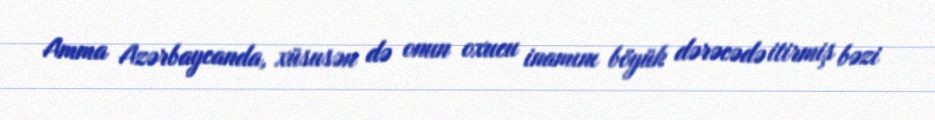
Amma Azərbaycanda, xüsusən də onun oxucu inamını böyük dərəcədə itirmiş bəzi